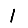
Digit: 1